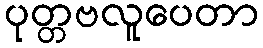
ပုတ္တဗလူပေတာ